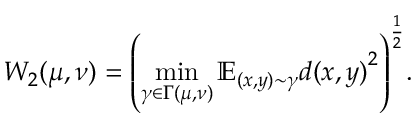
W _ { 2 } ( \mu , \nu ) = { \left( \operatorname* { m i n } _ { \gamma \in \Gamma ( \mu , \nu ) } \mathbb { E } _ { ( x , y ) \sim \gamma } { d ( x , y ) } ^ { 2 } \right) } ^ { \frac { 1 } { 2 } } .